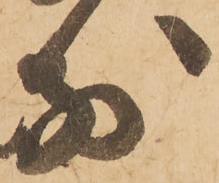
別